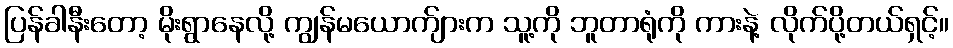
ပြန်ခါနီးတော့ မိုးရွာနေလို့ ကျွန်မယောက်ျားက သူ့ကို ဘူတာရုံကို ကားနဲ့ လိုက်ပို့တယ်ရှင့်။